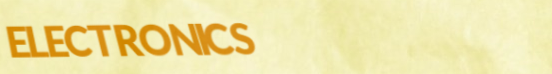
ELECTRONICS